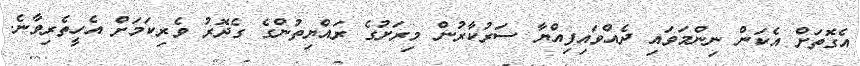
އެގޮތަށް އެކަން ނިންމަވައި ދެއްވައިފިއްޔާ ސަރުކާރުން މިރަށުގެ ރައްޔިތުންގެ ގެދޮރު ވެރިކަމަށް އެހީތެރިވާނެ.